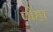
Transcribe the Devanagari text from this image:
पौहा